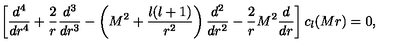
\left[ { \frac { d ^ { 4 } } { d r ^ { 4 } } } + { \frac { 2 } { r } } { \frac { d ^ { 3 } } { d r ^ { 3 } } } - \left( M ^ { 2 } + { \frac { l ( l + 1 ) } { r ^ { 2 } } } \right) { \frac { d ^ { 2 } } { d r ^ { 2 } } } - { \frac { 2 } { r } } M ^ { 2 } { \frac { d } { d r } } \right] c _ { l } ( M r ) = 0 ,